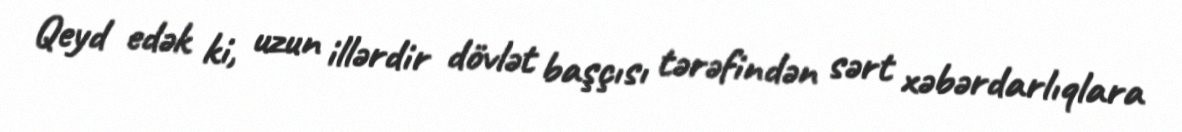
Qeyd edək ki, uzun illərdir dövlət başçısı tərəfindən sərt xəbərdarlıqlara